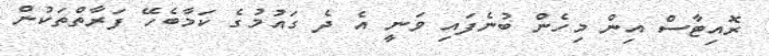
ރޮއިޓާސް އިން މިހެން ބުނެފައި ވަނީ އެ ދެ ގައުމުގެ ކަމާބެހޭ ފަރާތްތަކުން